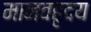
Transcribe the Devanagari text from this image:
मानवहृदय